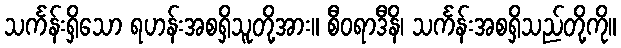
သင်္ကန်းရှိသော ရဟန်းအစရှိသူတို့အား။ စီဝရာဒီနိ၊ သင်္ကန်းအစရှိသည်တို့ကို။